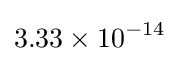
3.33\times 10^{-14}